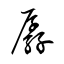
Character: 孱